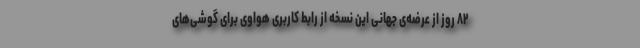
۸۲ روز از عرضه‌ی جهانی این نسخه از رابط کاربری هواوی برای گوشی‌های